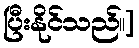
ပြီးနိုင်သည်။]